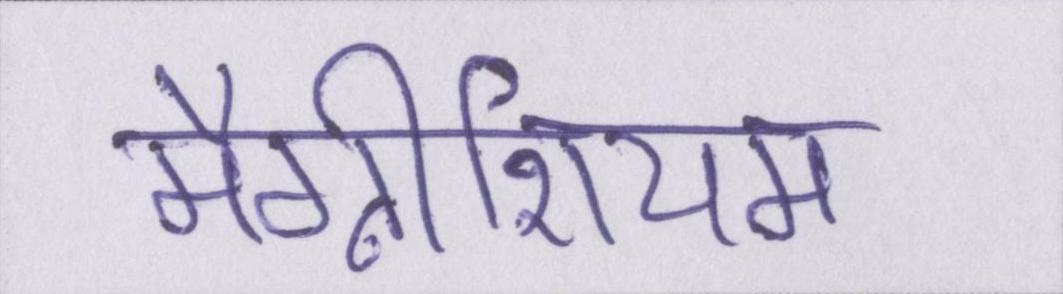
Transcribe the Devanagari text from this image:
मैग्नीशियम